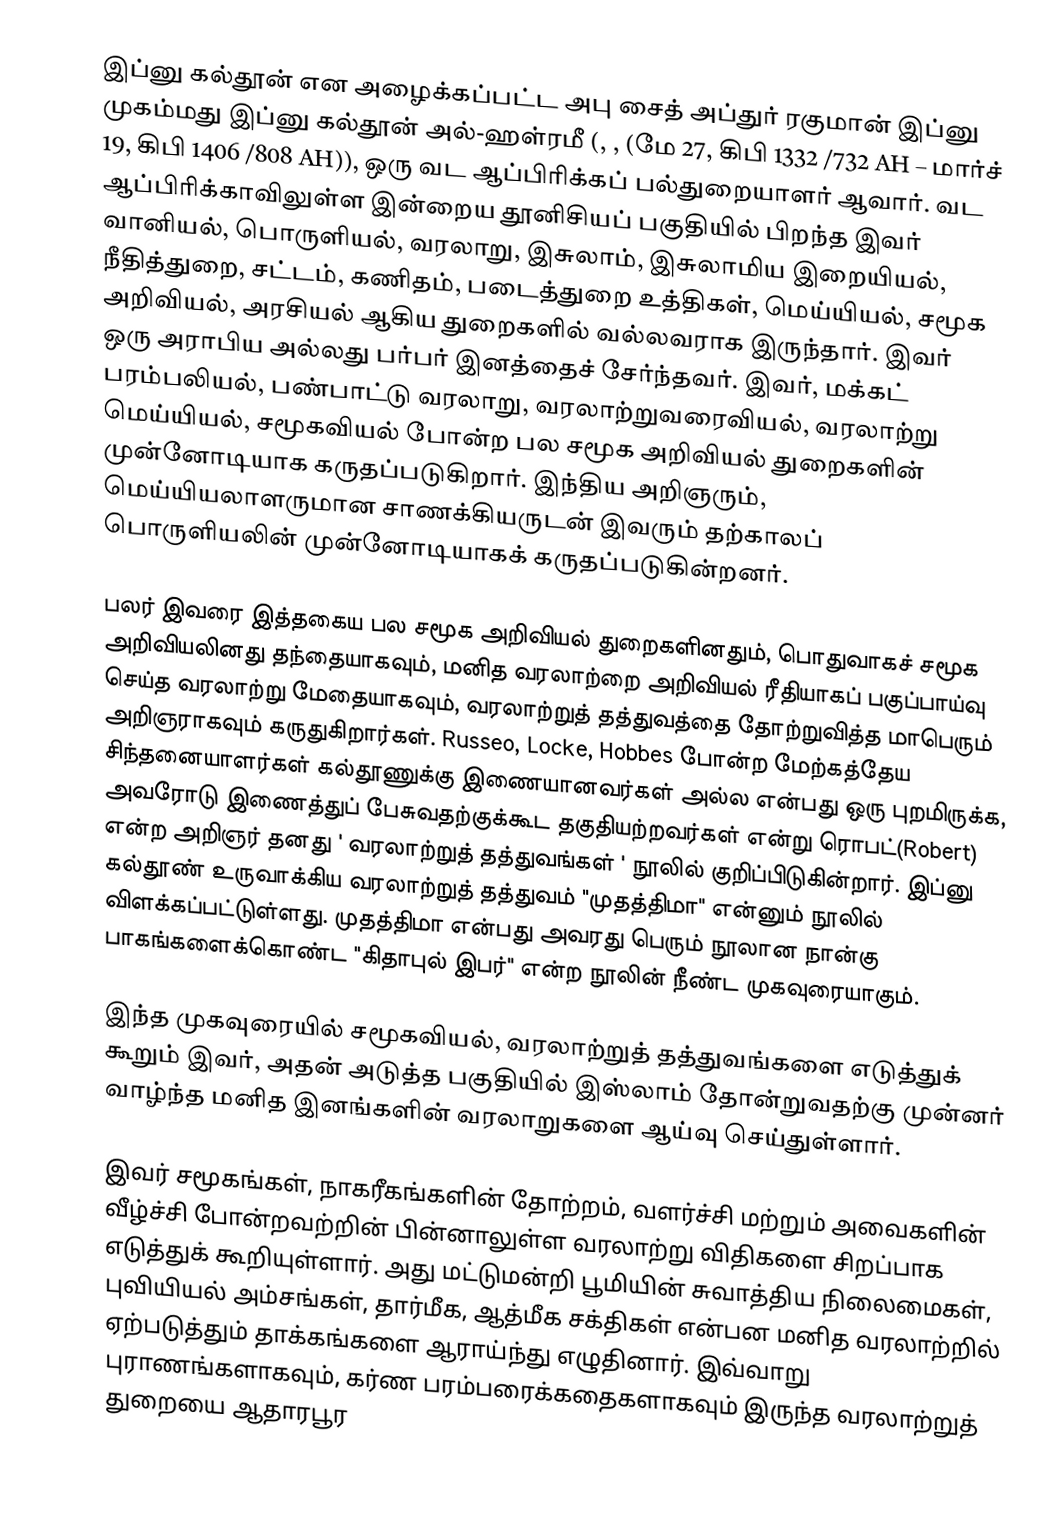
இப்னு கல்தூன் என அழைக்கப்பட்ட அபு சைத் அப்துர் ரகுமான் இப்னு முகம்மது இப்னு கல்தூன் அல்-ஹள்ரமீ (, , (மே 27, கிபி 1332 /732 AH – மார்ச் 19, கிபி 1406 /808 AH)), ஒரு வட ஆப்பிரிக்கப் பல்துறையாளர் ஆவார். வட ஆப்பிரிக்காவிலுள்ள இன்றைய தூனிசியப் பகுதியில் பிறந்த இவர் வானியல், பொருளியல், வரலாறு, இசுலாம், இசுலாமிய இறையியல், நீதித்துறை, சட்டம், கணிதம், படைத்துறை உத்திகள், மெய்யியல், சமூக அறிவியல், அரசியல் ஆகிய துறைகளில் வல்லவராக இருந்தார். இவர் ஒரு அராபிய அல்லது பர்பர் இனத்தைச் சேர்ந்தவர். இவர், மக்கட் பரம்பலியல், பண்பாட்டு வரலாறு, வரலாற்றுவரைவியல், வரலாற்று மெய்யியல், சமூகவியல் போன்ற பல சமூக அறிவியல் துறைகளின் முன்னோடியாக கருதப்படுகிறார். இந்திய அறிஞரும், மெய்யியலாளருமான சாணக்கியருடன் இவரும் தற்காலப் பொருளியலின் முன்னோடியாகக் கருதப்படுகின்றனர்.

பலர் இவரை இத்தகைய பல சமூக அறிவியல் துறைகளினதும், பொதுவாகச் சமூக அறிவியலினது தந்தையாகவும், மனித வரலாற்றை அறிவியல் ரீதியாகப் பகுப்பாய்வு செய்த வரலாற்று மேதையாகவும், வரலாற்றுத் தத்துவத்தை தோற்றுவித்த மாபெரும் அறிஞராகவும் கருதுகிறார்கள். Russeo, Locke, Hobbes போன்ற மேற்கத்தேய சிந்தனையாளர்கள் கல்தூணுக்கு இணையானவர்கள் அல்ல என்பது ஒரு புறமிருக்க, அவரோடு இணைத்துப் பேசுவதற்குக்கூட தகுதியற்றவர்கள் என்று ரொபட்(Robert) என்ற அறிஞர் தனது ' வரலாற்றுத் தத்துவங்கள் ' நூலில் குறிப்பிடுகின்றார். இப்னு கல்தூண் உருவாக்கிய  வரலாற்றுத் தத்துவம் "முதத்திமா" என்னும் நூலில் விளக்கப்பட்டுள்ளது. முதத்திமா என்பது அவரது பெரும் நூலான நான்கு பாகங்களைக்கொண்ட "கிதாபுல் இபர்" என்ற நூலின் நீண்ட முகவுரையாகும்.

இந்த முகவுரையில் சமூகவியல், வரலாற்றுத் தத்துவங்களை எடுத்துக் கூறும் இவர், அதன் அடுத்த பகுதியில் இஸ்லாம் தோன்றுவதற்கு முன்னர் வாழ்ந்த மனித இனங்களின் வரலாறுகளை ஆய்வு செய்துள்ளார்.

இவர் சமூகங்கள், நாகரீகங்களின் தோற்றம், வளர்ச்சி மற்றும் அவைகளின் வீழ்ச்சி போன்றவற்றின் பின்னாலுள்ள வரலாற்று விதிகளை சிறப்பாக எடுத்துக் கூறியுள்ளார். அது மட்டுமன்றி பூமியின் சுவாத்திய நிலைமைகள், புவியியல் அம்சங்கள், தார்மீக, ஆத்மீக சக்திகள் என்பன மனித வரலாற்றில் ஏற்படுத்தும் தாக்கங்களை ஆராய்ந்து எழுதினார். இவ்வாறு புராணங்களாகவும், கர்ண பரம்பரைக்கதைகளாகவும் இருந்த வரலாற்றுத் துறையை ஆதாரபூர